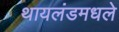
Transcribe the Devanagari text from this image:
थायलंडमधले